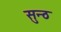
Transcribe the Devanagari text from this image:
सुन्ठ